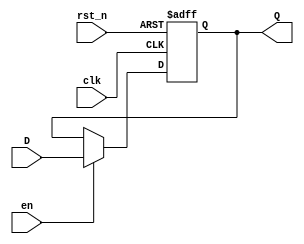
`timescale 1ns / 1ps

module D_FF(D,Q,clk,en,rst_n);
    parameter N=1;
    input [N-1:0] D;
    input clk;
    input en;
    input rst_n;
    output reg [N-1:0] Q;
    
    always @ (posedge clk or negedge rst_n)
    begin
        if(~rst_n)
        begin
            Q<=0;
        end
        else if(en)
        begin
            Q<=D;
        end
    end
    
endmodule